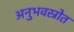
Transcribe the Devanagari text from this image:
अनुभवस्रोत